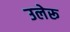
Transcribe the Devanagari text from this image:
उलेरू